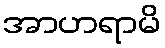
အာဟရာမိ